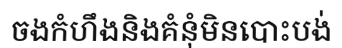
ចងកំហឹងនិងគំនុំមិនបោះបង់